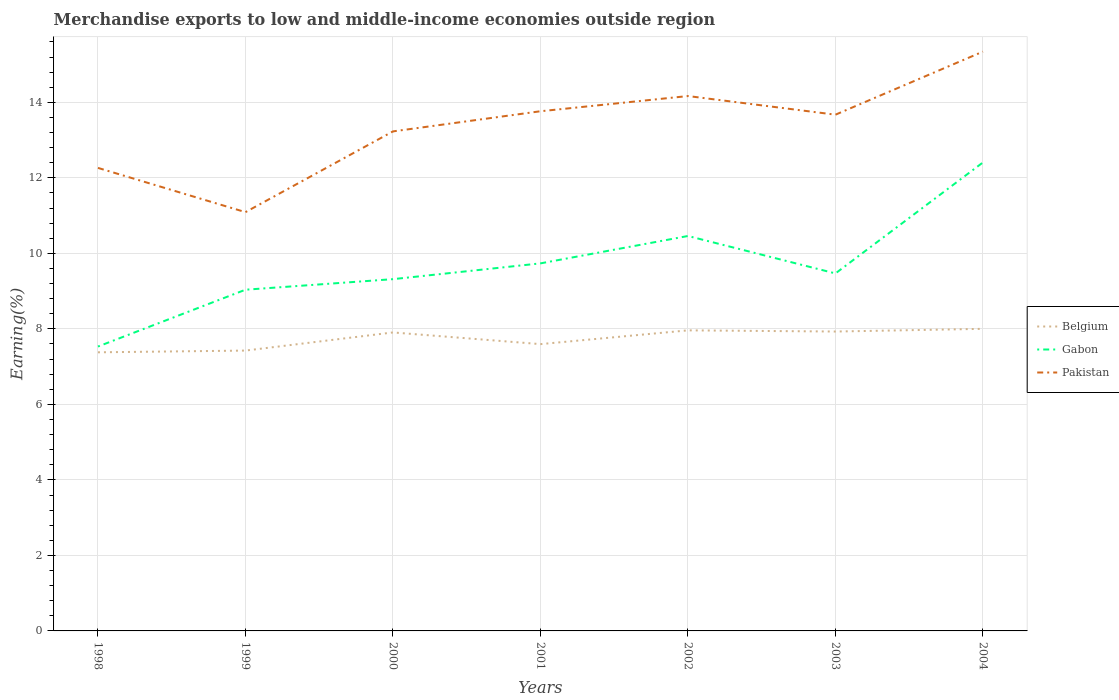
| Years | Belgium | Gabon | Pakistan |
 | --- | --- | --- | --- |
 | 1998 | 7.38 | 7.53 | 12.3 |
 | 1999 | 7.43 | 9.04 | 11.1 |
 | 2000 | 7.91 | 9.32 | 13.2 |
 | 2001 | 7.6 | 9.74 | 13.8 |
 | 2002 | 7.96 | 10.5 | 14.2 |
 | 2003 | 7.93 | 9.47 | 13.7 |
 | 2004 | 8 | 12.4 | 15.3 |